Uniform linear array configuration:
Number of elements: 4
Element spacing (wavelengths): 0.5
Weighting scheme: binomial
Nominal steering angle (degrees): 45
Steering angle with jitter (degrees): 45.14
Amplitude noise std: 0.05
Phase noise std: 0.05

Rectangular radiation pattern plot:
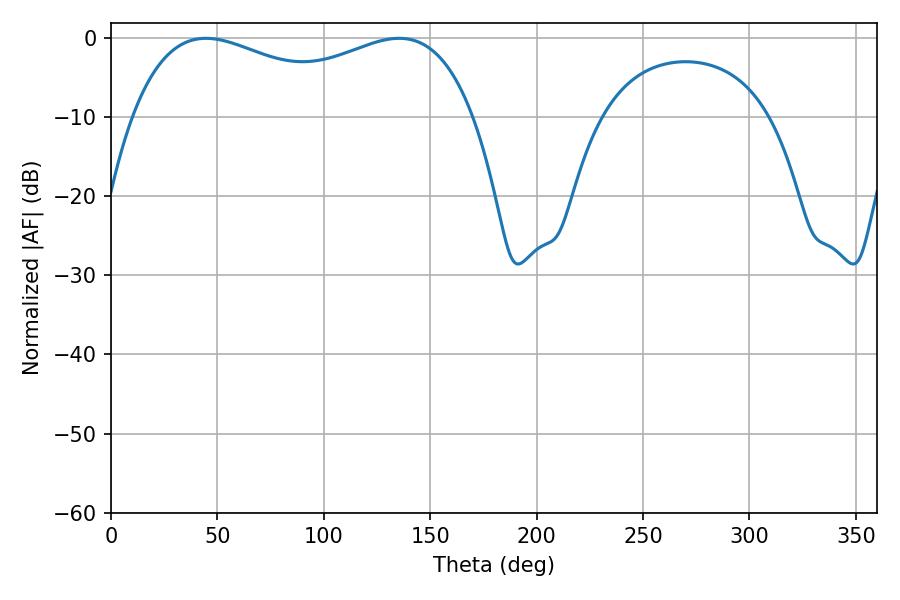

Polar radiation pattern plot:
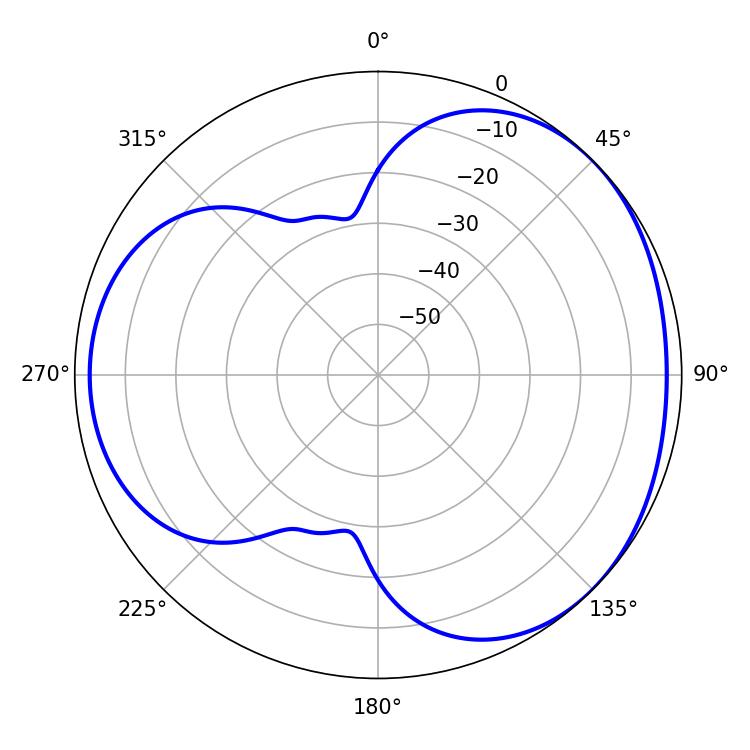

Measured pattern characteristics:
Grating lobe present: FALSE
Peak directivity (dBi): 3.346
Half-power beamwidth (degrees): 132.48
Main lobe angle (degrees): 44.64